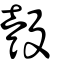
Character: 彀